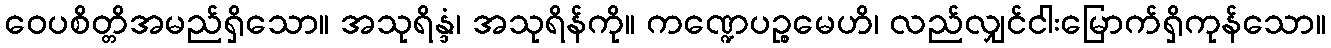
ဝေပစိတ္တိအမည်ရှိသော။ အသုရိန္ဒံ၊ အသုရိန်ကို။ ကဏ္ဍေပဉ္စမေဟိ၊ လည်လျှင်ငါးမြောက်ရှိကုန်သော။